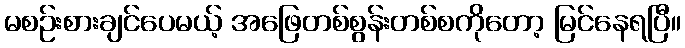
မစဉ်းစားချင်ပေမယ့် အဖြေတစ်စွန်းတစ်စကိုတော့ မြင်နေရပြီ။